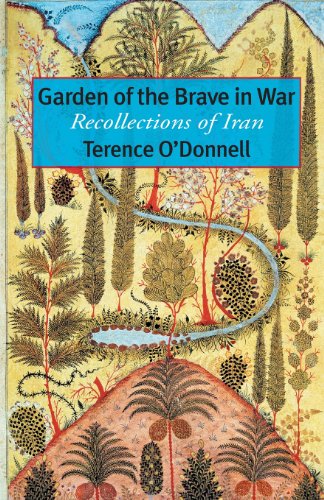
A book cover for Garden of the Brave in War: Recollections of Iran; Terence O'Donnell; Travel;